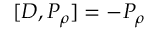
[ D , P _ { \rho } ] = - P _ { \rho }